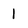
Character: l